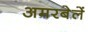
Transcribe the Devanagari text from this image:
अमरबेलें